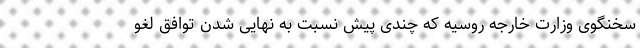
سخنگوی وزارت خارجه روسیه که چندی پیش نسبت به نهایی شدن توافق لغو